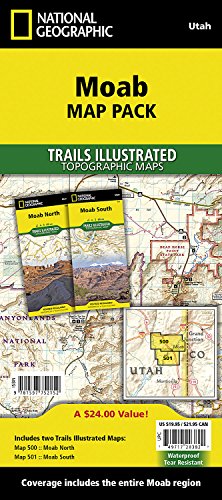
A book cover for Moab [Map Pack Bundle] (National Geographic Trails Illustrated Map); National Geographic Maps - Trails Illustrated; Reference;